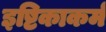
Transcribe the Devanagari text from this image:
इष्टिकाकर्म